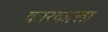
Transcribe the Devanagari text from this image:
कारकाला